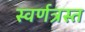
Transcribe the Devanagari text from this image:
स्वर्णत्रस्त